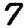
Digit: 7